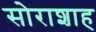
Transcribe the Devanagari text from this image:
सोराशाह